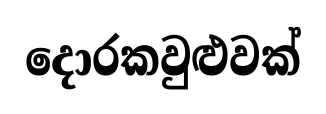
දොරකවුළුවක්